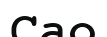
Сао